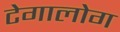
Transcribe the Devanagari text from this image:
टेगालोग